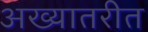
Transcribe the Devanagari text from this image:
अख्यातरीत